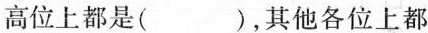
高位上都是( )，其他各位上都